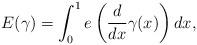
LaTeX: \begin{align*}E(\gamma)=\int_0^1 e\left(\frac{d}{dx}\gamma(x)\right) dx,\end{align*}